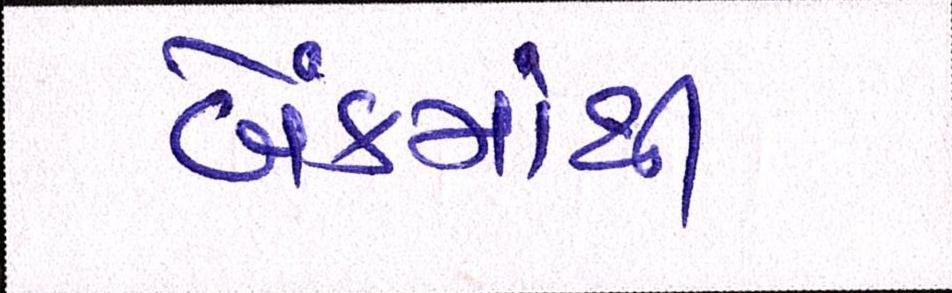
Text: બેંકમાંથી